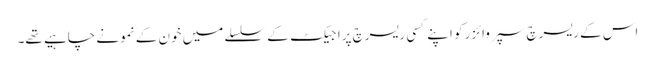
اس کے ریسرچ سپروائزر کو اپنے کسی ریسرچ پراجیکٹ کے سلسلے میں خون کے نمونے چاہیے تھے۔